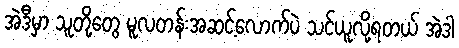
အဲဒီမှာ သူတို့တွေ မူလတန်းအဆင့်လောက်ပဲ သင်ယူလို့ရတယ် အဲဒါ